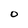
Character: O